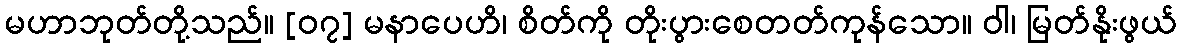
မဟာဘုတ်တို့သည်။ [၀၇] မနာပေဟိ၊ စိတ်ကို တိုးပွားစေတတ်ကုန်သော။ ဝါ၊ မြတ်နိုးဖွယ်